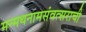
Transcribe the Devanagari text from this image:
मन्मथनामसंवत्सराची